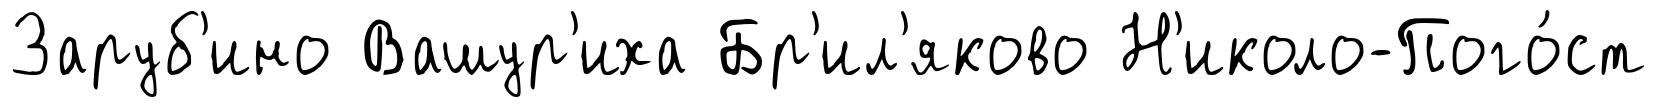
Заруб'ино Вашур'иха Бр'ил'яково Н'иколо-Пого́ст